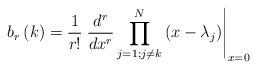
\begin{align*}b_{r}\left( k\right) =\frac{1}{r!}\left. \frac{d^{r}}{dx^{r}}\prod_{j=1;j\neq k}^{N}\left( x-\lambda_{j}\right) \right\vert _{x=0}\end{align*}